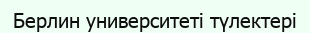
Берлин университеті түлектері